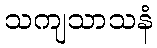
သကျသာသနံ